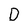
Character: D